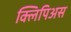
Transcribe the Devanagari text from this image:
क्लिपिअस